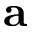
\mathbf { a }